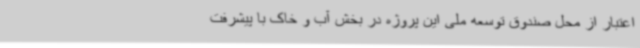
اعتبار از محل صندوق توسعه ملی این پروژه در بخش آب و خاک با پیشرفت